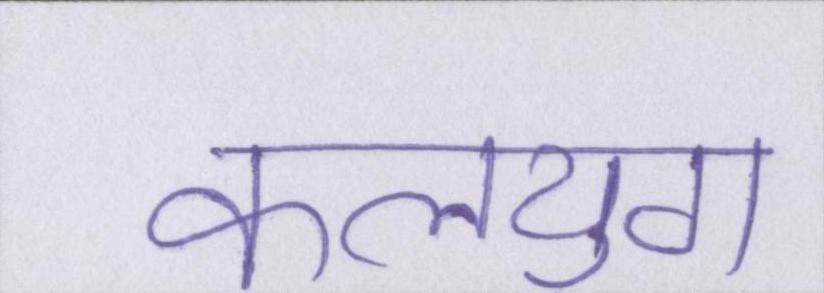
कलयुग